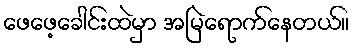
ဖေဖေ့ခေါင်းထဲမှာ အမြဲရောက်နေတယ်။